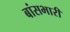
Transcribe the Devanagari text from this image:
बांसभारी